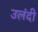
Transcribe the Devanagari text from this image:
उलंदी